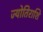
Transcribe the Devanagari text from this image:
ज्योतिराशि